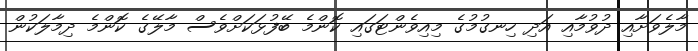
މާލެވަށާއި ދުވުމާއި އަދި ހިނގުމުގެ މިއިވެންޓަގައި ކޮންމެ ބޭފުޅަކަށްވެސް މާލޭގެ ކޮންމެ ދިމާލަކުން